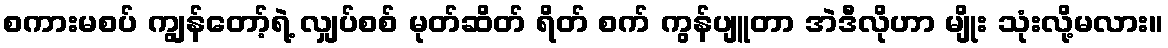
စကားမစပ် ကျွန်တော့်ရဲ့ လျှပ်စစ် မုတ်ဆိတ် ရိတ် စက် ကွန်ပျူတာ အဲဒီလိုဟာ မျိုး သုံးလို့မလား။